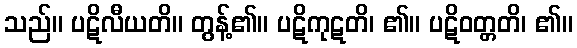
သည်။ ပဋိလီယတိ။ တွန့်၏။ ပဋိကုဋတိ၊ ၏။ ပဋိဝတ္တတိ၊ ၏။